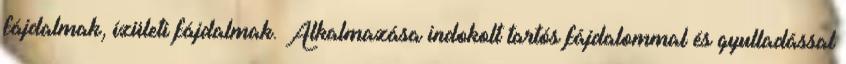
fájdalmak, ízületi fájdalmak. Alkalmazása indokolt tartós fájdalommal és gyulladással